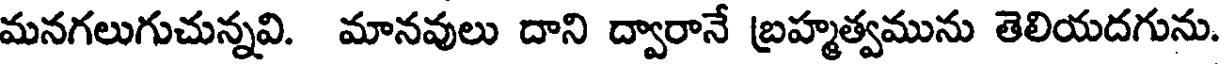
మనగలుగుచున్నవి. మానవులు దాని ద్వారానే బ్రహ్మత్వమును తెలియదగును.